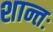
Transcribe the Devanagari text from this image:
शान्तः